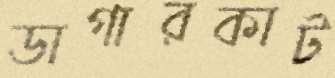
ডাগারকাট